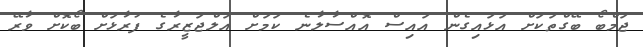
ޖަމްބޯ ބޭގްތަކަށް އަޅައިގެން އައިސް އޮއްސާލާނެ ކަމަށް އަލްޖަޒީރާގެ ފުރާޅަށް ބޯކޮށް ވާރޭ